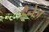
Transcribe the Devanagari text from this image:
ड्रैनेज